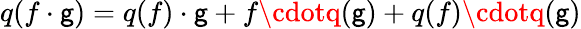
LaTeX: q(f\cdot\mathsf{g})=q(f)\cdot\mathsf{g}+f\cdotq(\mathsf{g})+q(f)\cdotq(\mathsf{g})